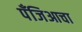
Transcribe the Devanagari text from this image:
पँजिआचा